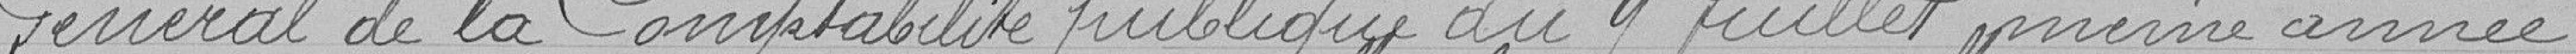
Général de la Comptabilité publique du 9 juillet même année.